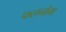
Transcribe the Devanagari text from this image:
फलनोम